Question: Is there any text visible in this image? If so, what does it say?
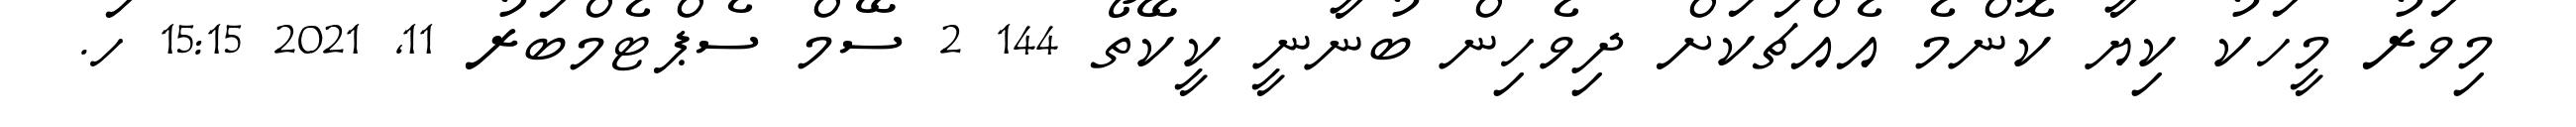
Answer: މިވަރު މީހަކު ކިޔާ ކޮންމެ އެއްޗަކަށް ދިވެހިން ބުނާނީ ކީކޭތޯ 144 2 ސޭމް ސެޕްޓެމްބަރު 11, 2021 15:15 ހަ.